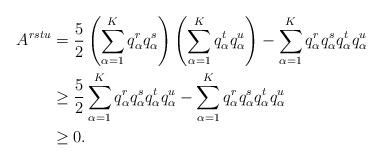
LaTeX: \begin{align*}A^{rstu} ={}&\frac{5}{2}\left(\sum_{\alpha=1}^K q_\alpha^r q_\alpha^s \right) \left(\sum_{\alpha=1}^K q_\alpha^t q_\alpha^u \right)- \sum_{\alpha=1}^K q_\alpha^r q_\alpha^s q_\alpha^t q_\alpha^u\\\geq {}&\frac{5}{2}\sum_{\alpha=1}^K q_\alpha^r q_\alpha^s q_\alpha^t q_\alpha^u - \sum_{\alpha=1}^K q_\alpha^r q_\alpha^s q_\alpha^t q_\alpha^u\\\geq {}&0.\end{align*}